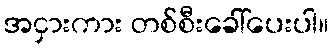
အငှားကား တစ်စီးခေါ်ပေးပါ။